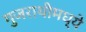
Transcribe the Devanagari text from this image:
गुजराथीमध्ये